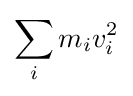
\sum _{i}m_{i}v_{i}^{2}